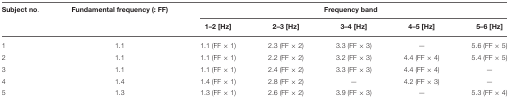
<table><thead><tr><td><b>Subject no.</b></td><td><b>Fundamental frequency (: FF)</b></td><td colspan="5"><b>Frequency band</b></td></tr><tr><td></td><td></td><td><b>1–2 [Hz]</b></td><td><b>2–3 [Hz]</b></td><td><b>3–4 [Hz]</b></td><td><b>4–5 [Hz]</b></td><td><b>5–6 [Hz]</b></td></tr></thead><tbody><tr><td>1</td><td>1.1</td><td>1.1 (FF × 1)</td><td>2.3 (FF × 2)</td><td>3.3 (FF × 3)</td><td>—</td><td>5.6 (FF × 5)</td></tr><tr><td>2</td><td>1.1</td><td>1.1 (FF × 1)</td><td>2.2 (FF × 2)</td><td>3.2 (FF × 3)</td><td>4.4 (FF × 4)</td><td>5.4 (FF × 5)</td></tr><tr><td>3</td><td>1.1</td><td>1.1 (FF × 1)</td><td>2.4 (FF × 2)</td><td>3.3 (FF × 3)</td><td>4.4 (FF × 4)</td><td>—</td></tr><tr><td>4</td><td>1.4</td><td>1.4 (FF × 1)</td><td>2.8 (FF × 2)</td><td>—</td><td>4.2 (FF × 3)</td><td>—</td></tr><tr><td>5</td><td>1.3</td><td>1.3 (FF × 1)</td><td>2.6 (FF × 2)</td><td>3.9 (FF × 3)</td><td>—</td><td>5.3 (FF × 4)</td></tr></tbody></table>